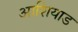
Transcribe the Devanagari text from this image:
आशियाड